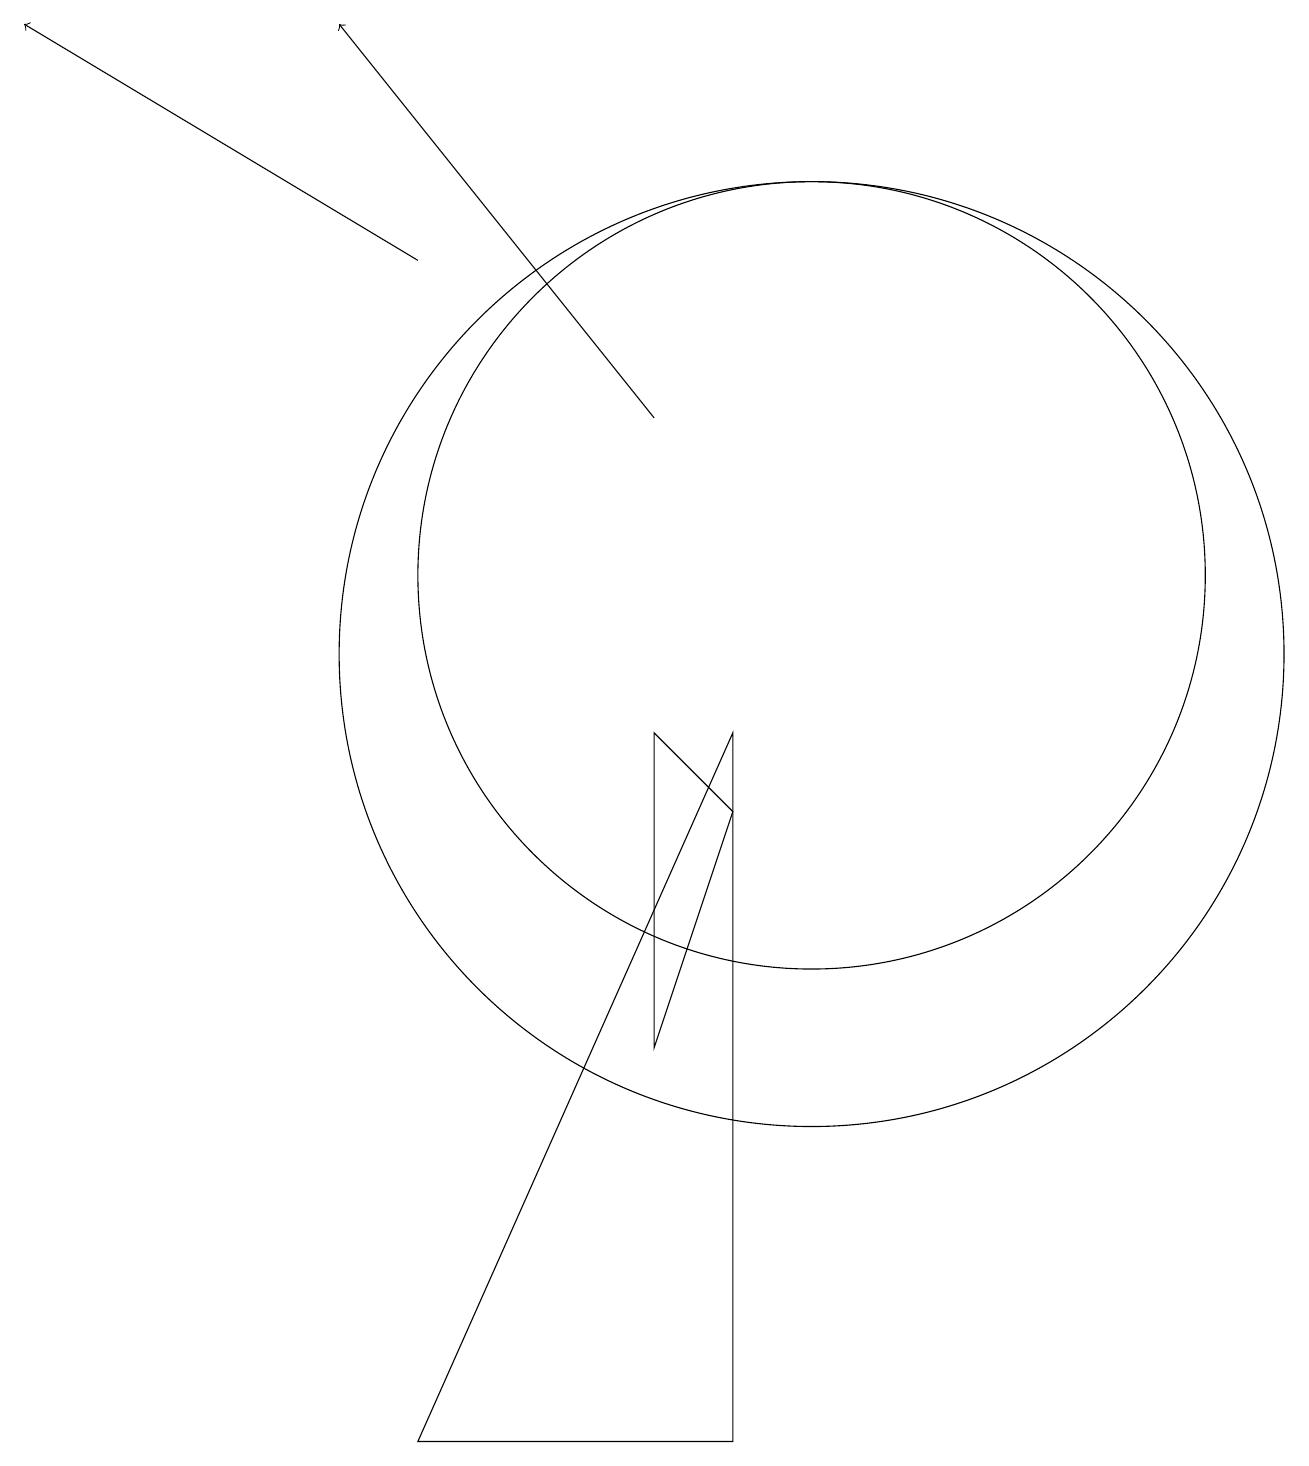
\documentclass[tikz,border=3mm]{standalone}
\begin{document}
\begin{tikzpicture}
\draw[->] (8,13) -- (4,18);
\draw (8,9) -- (8,5) -- (9,8) -- cycle;
\draw (10,10) circle (6);
\draw (5,0) -- (9,9) -- (9,0) -- cycle;
\draw (10,11) circle (5);
\draw[->] (5,15) -- (0,18);
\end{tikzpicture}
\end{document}